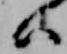
ハ